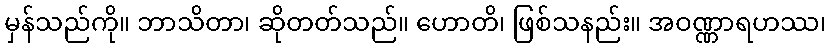
မှန်သည်ကို။ ဘာသိတာ၊ ဆိုတတ်သည်။ ဟောတိ၊ ဖြစ်သနည်း။ အဝဏ္ဏာရဟဿ၊